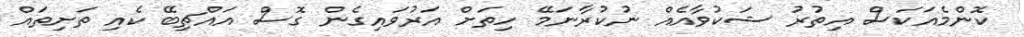
ކޮންމެއަކަސް އިތުރު ޝަކުވާއެއް ނުކުރާނަމޭ ހިތަށް އަރުވައިގެން ގޮސް އައްޗިބޭ ކެއި ތަށިތައް